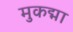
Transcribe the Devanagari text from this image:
मुकद्मा